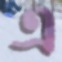
এ